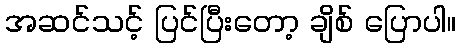
အဆင်သင့် ပြင်ပြီးတော့ ချိစ် ပြောပါ။